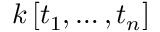
k \left[ t _ { 1 } , \ldots , t _ { n } \right]